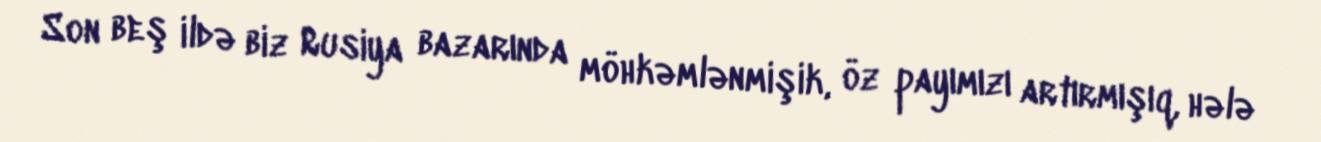
Son beş ildə biz Rusiya bazarında möhkəmlənmişik, öz payımızı artırmışıq, hələ